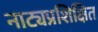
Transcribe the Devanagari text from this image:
नाट्यप्रशिक्षित